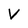
Character: V